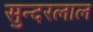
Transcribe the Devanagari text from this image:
सुन्‍दरलाल